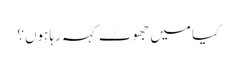
کیا میں جھوٹ کہہ رہا ہوں؟